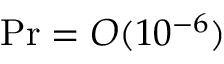
\ensuremath { \mathrm { P r } } = O ( 1 0 ^ { - 6 } )